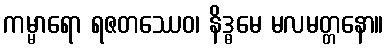
ကမ္မာရော ရဇတဿေဝ၊ နိဒ္ဓမေ မလမတ္တနော။